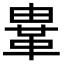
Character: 𩊄